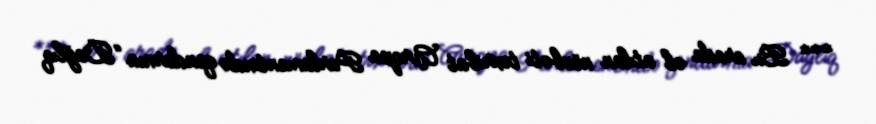
*** Bu arada əl atılan növbəti təxribat Avropa Parlamentində qondarma “Dağlıq